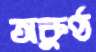
অকুণ্ঠ